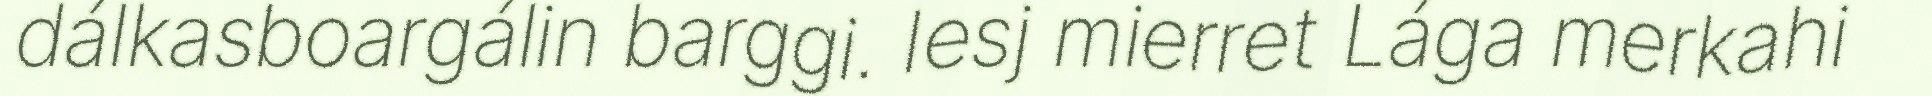
dálkasboargálin barggi. Iesj mierret Lága merkahi